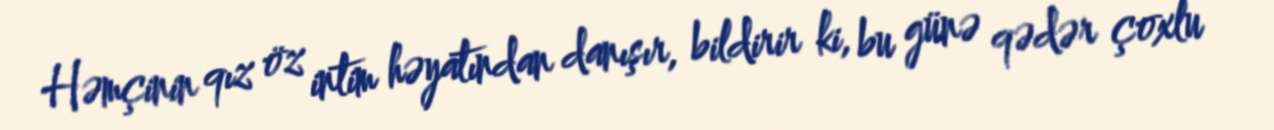
Həmçinin qız öz intim həyatından danışır, bildirir ki, bu günə qədər çoxlu